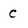
Character: C